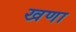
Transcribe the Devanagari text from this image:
खणा